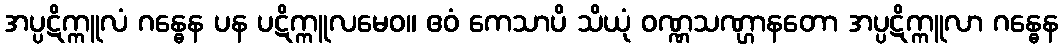
အပ္ပဋိက္ကူလံ ဂန္ဓေန ပန ပဋိက္ကူလမေဝ။ ဧဝံ ကေသာပိ သိယုံ ဝဏ္ဏသဏ္ဌာနတော အပ္ပဋိက္ကူလာ ဂန္ဓေန